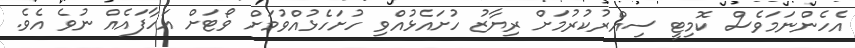
އެހެންނަމަވެސް ކޮމިޓީ ސިއްރުކުރުމަށް ރިޔާޒު ހުށައެޅުއްވި ހުށަހެޅުއްވުމަށް ވޯޓަށް އަހާފައެއް ނުވެ އެވެ.